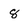
Character: 8